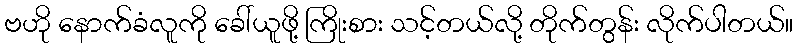
ဗဟို နောက်ခံလူကို ခေါ်ယူဖို့ ကြိုးစား သင့်တယ်လို့ တိုက်တွန်း လိုက်ပါတယ်။